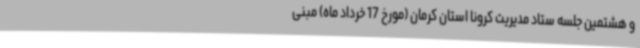
و هشتمین جلسه ستاد مدیریت کرونا استان کرمان (مورخ 17 خرداد ماه) مبنی